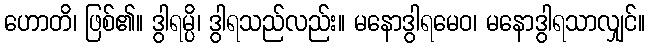
ဟောတိ၊ ဖြစ်၏။ ဒွါရမ္ပိ၊ ဒွါရသည်လည်း။ မနောဒွါရမေဝ၊ မနောဒွါရသာလျှင်။